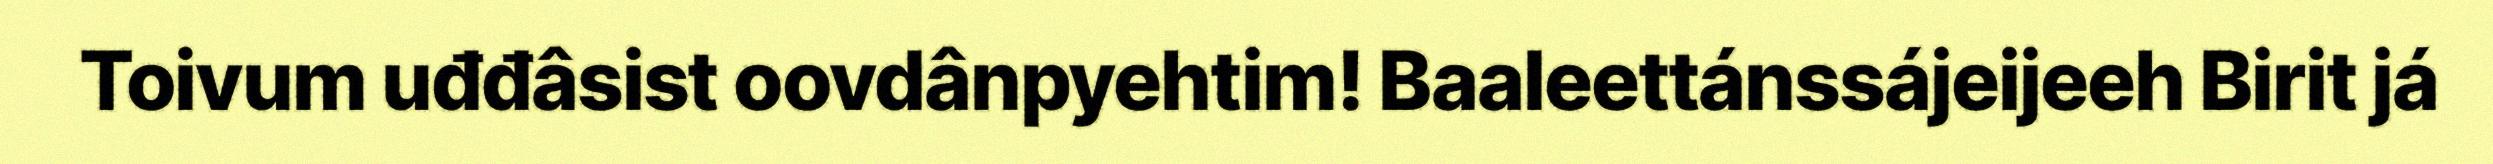
Toivum uđđâsist oovdânpyehtim! Baaleettánssájeijeeh Birit já